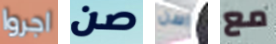
اجروا صن اسن مع